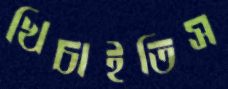
খিচাইতিস